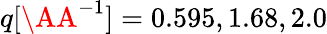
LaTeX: q[\AA^{-1}]=0.595,1.68,2.0